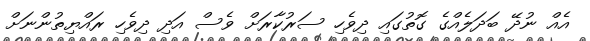
އެއް ނުދޭ ބަދަލެއްގެ ގޮތުގައި ދިވެހި ސަރުކާރަށް ވެސް އަދި ދިވެހި ރައްޔިތުންނަށް